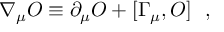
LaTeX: \nabla _ { \mu } { \cal O } \equiv \partial _ { \mu } { \cal O } + [ \Gamma _ { \mu } , { \cal O } ] \ \ ,